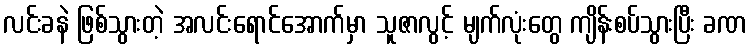
လင်းခနဲ ဖြစ်သွားတဲ့ အလင်းရောင်အောက်မှာ သူဇာလွင့် မျက်လုံးတွေ ကျိန်းစပ်သွားပြီး ခဏ